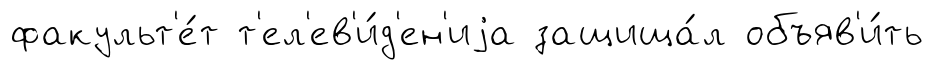
факульт'е́т т'ел'ев'и́д'ен'иjа защища́л объяв'и́ть